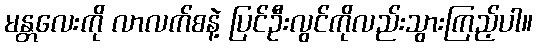
မန္တလေးကို လာလက်စနဲ့ ပြင်ဦးလွင်ကိုလည်းသွားကြည့်ပါ။